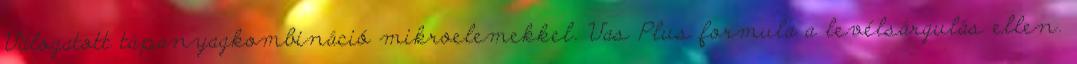
Válogatott tápanyagkombináció mikroelemekkel. Vas Plus formula a levélsárgulás ellen.